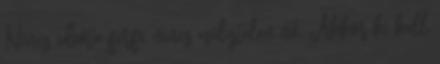
Nincs idióta férfi, nincs esélytelen nő. Akkor ki kell